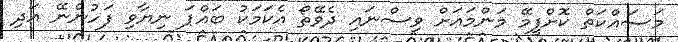
މަސައްކަތް ކޮށްފީމޭ މަންމައަށް ވިސްނައި ދެވޭތޯ އެކަމަކު ބައްޕަ ނިޔާވި ފަހުންނޭ އަދި